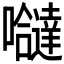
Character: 𭌸